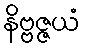
နိဗ္ဗဇ္ဇယံ